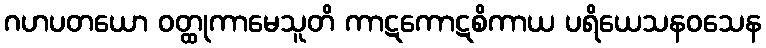
ဂဟပတယော ဝတ္ထုကာမေသူတိ ကာဋကောဋစိကာယ ပရိယေသနဝသေန